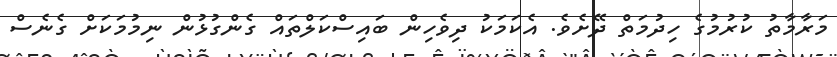
މަރާމާތު ކުރުމުގެ ހިދުމަތް ދޭށެވެ. އެކަމަކު ދިވެހިން ބައިސްކަލްތައް ގެންގުޅުން ނިމުމަކަށް ގެނެސް